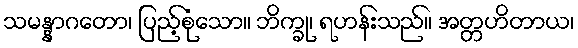
သမန္နာဂတော၊ ပြည့်စုံသော။ ဘိက္ခု၊ ရဟန်းသည်။ အတ္တဟိတာယ၊